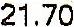
21.70